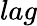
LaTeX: lag